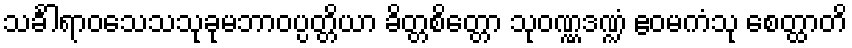
သင်္ခါရာဝသေသသုခုမဘာဝပ္ပတ္တိယာ ခိတ္တစိတ္တော သုဝဏ္ဏဒဏ္ဍံ ဧဝမကံသု စေတ္ထာတိ